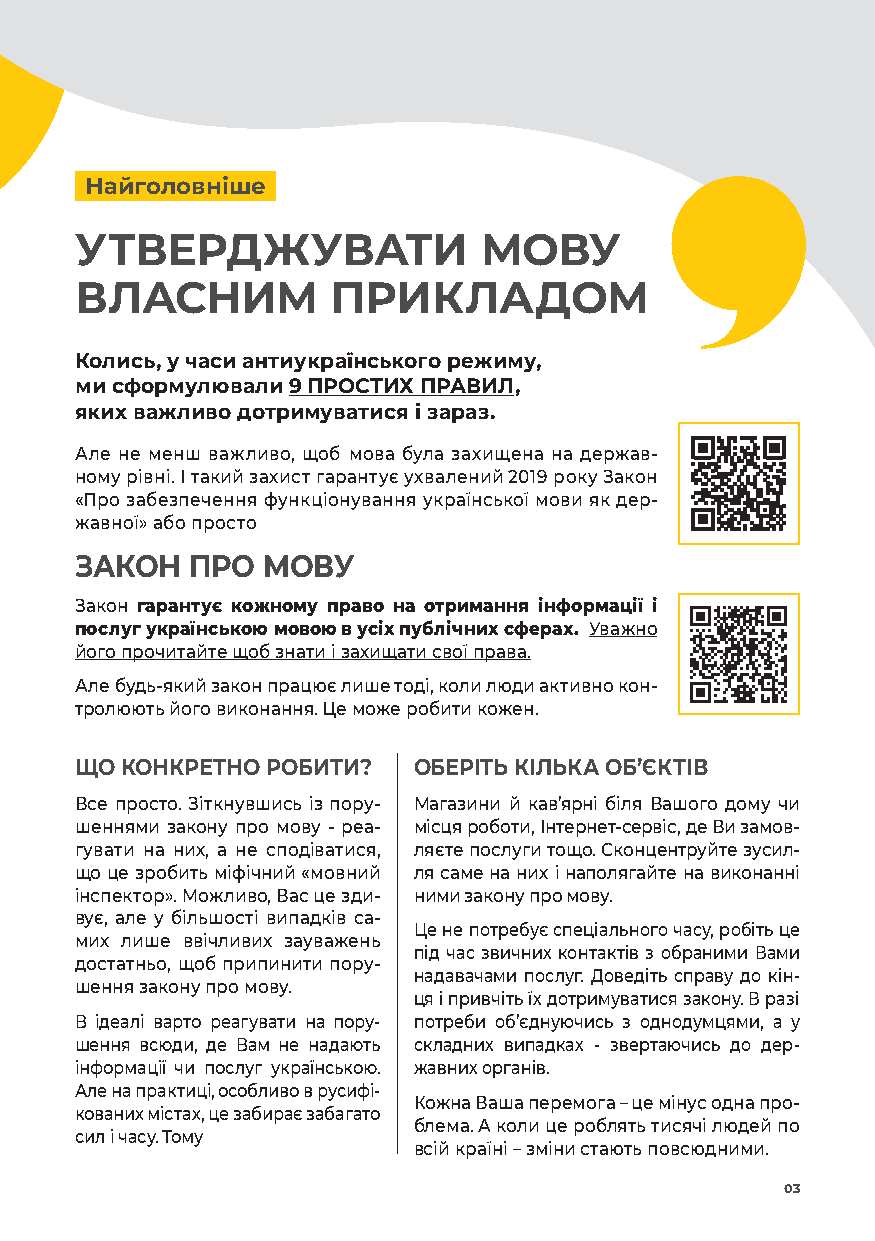
Найголовніше
 УТВЕРДЖУВАТИ               МОВУ
 ВЛАСНИМ          ПРИКЛАДОМ
 Колись, у часи антиукраїнського режиму,
 ми сформулювали 9 ПРОСТИХ ПРАВИЛ,
 яких важливо дотримуватися і зараз.
 Але не менш важливо, щоб мова була захищена на держав-
 ному рівні. І такий захист гарантує ухвалений 2019 року Закон
 «Про забезпечення функціонування української мови як дер-
 жавної» або просто
 ЗАКОН   ПРО МОВУ
 Закон гарантує кожному право на отримання інформації і
 послуг українською мовою в усіх публічних сферах. Уважно
 його прочитайте щоб знати і захищати свої права.
 Але будь-який закон працює лише тоді, коли люди активно кон-
 тролюють його виконання. Це може робити кожен.
 ЩО КОНКРЕТНО РОБИТИ?  ОБЕРІТЬ КІЛЬКА ОБ’ЄКТІВ
 Все просто. Зіткнувшись із пору- Магазини й кав’ярні біля Вашого дому чи
 шеннями закону про мову - реа- місця роботи, Інтернет-сервіс, де Ви замов-
 гувати на них, а не сподіватися, ляєте послуги тощо. Сконцентруйте зусил-
 що це зробить міфічний «мовний ля саме на них і наполягайте на виконанні
 інспектор». Можливо, Вас це зди- ними закону про мову.
 вує, але у більшості випадків са-
 Це не потребує спеціального часу, робіть це
 мих лише ввічливих зауважень
 під час звичних контактів з обраними Вами
 достатньо, щоб припинити пору-
 надавачами послуг. Доведіть справу до кін-
 шення закону про мову.
 ця і привчіть їх дотримуватися закону. В разі
 В ідеалі варто реагувати на пору- потреби об’єднуючись з однодумцями, а у
 шення всюди, де Вам не надають складних випадках - звертаючись до дер-
 інформації чи послуг українською. жавних органів.
 Але на практиці, особливо в русифі-
 Кожна Ваша перемога – це мінус одна про-
 кованих містах, це забирає забагато
 блема. А коли це роблять тисячі людей по
 сил і часу. Тому
 всій країні – зміни стають повсюдними.
 03